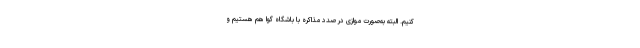
کنیم. البته به‌صورت موازی در صدد مذاکره با باشگاه گوا هم هستیم و